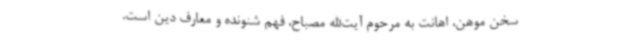
سخن موهن، اهانت به مرحوم آیت‌الله مصباح، فهم شنونده و معارف دین است.